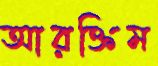
আরক্তিম